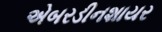
એબરડીનશાયર